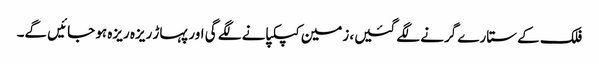
فلک کے ستارے گرنے لگے گئیں، زمین کپکپانے لگے گی اور پہاڑ ریزہ ریزہ ہو جائیں گے۔